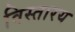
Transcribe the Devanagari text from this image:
विस्तारय